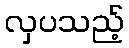
လှပသည့်